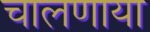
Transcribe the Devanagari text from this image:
चालणाया